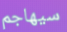
سيهاجم